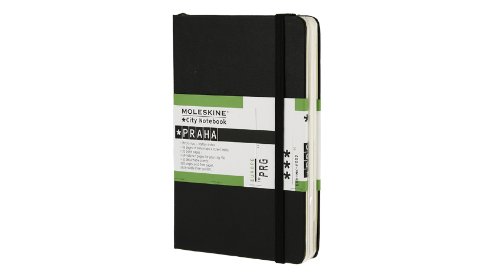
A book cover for Moleskine City Notebook Praha (Prague); Moleskine; Travel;